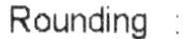
ROUNDING :